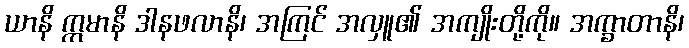
ယာနိ ဣမာနိ ဒါနဖလာနိ၊ အကြင် အလှူ၏ အကျိုးတို့ကို။ အက္ခာတာနိ၊